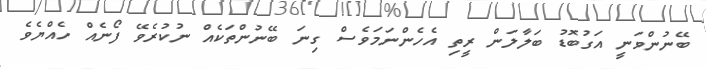
ބޭނުންވަނީ އަގުބޮޑު ބަލާލަން ރީތި އެހެންނަމަވެސް ގިނަ ބޭނުންތަކެއް ނުކުރެވޭ ފޯނެއް ހެއްޔެވެ